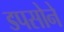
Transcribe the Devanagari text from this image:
डपसोने